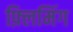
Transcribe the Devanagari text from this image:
फ़्लिमिंग